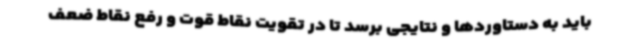
باید به دستاوردها و نتایجی برسد تا در تقویت نقاط قوت و رفع نقاط ضعف